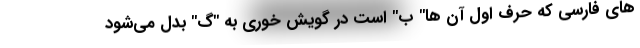
های فارسی که حرف اول آن ها" ب" است در گویش خوری به "گ" بدل می‌شود